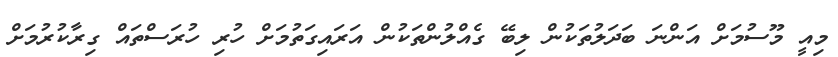
މިއީ މޫސުމަށް އަންނަ ބަދަލުތަކުން ލިބޭ ގެއްލުންތަކުން އަރައިގަތުމަށް ހުރި ހުރަސްތައް ގިރާކުރުމަށް